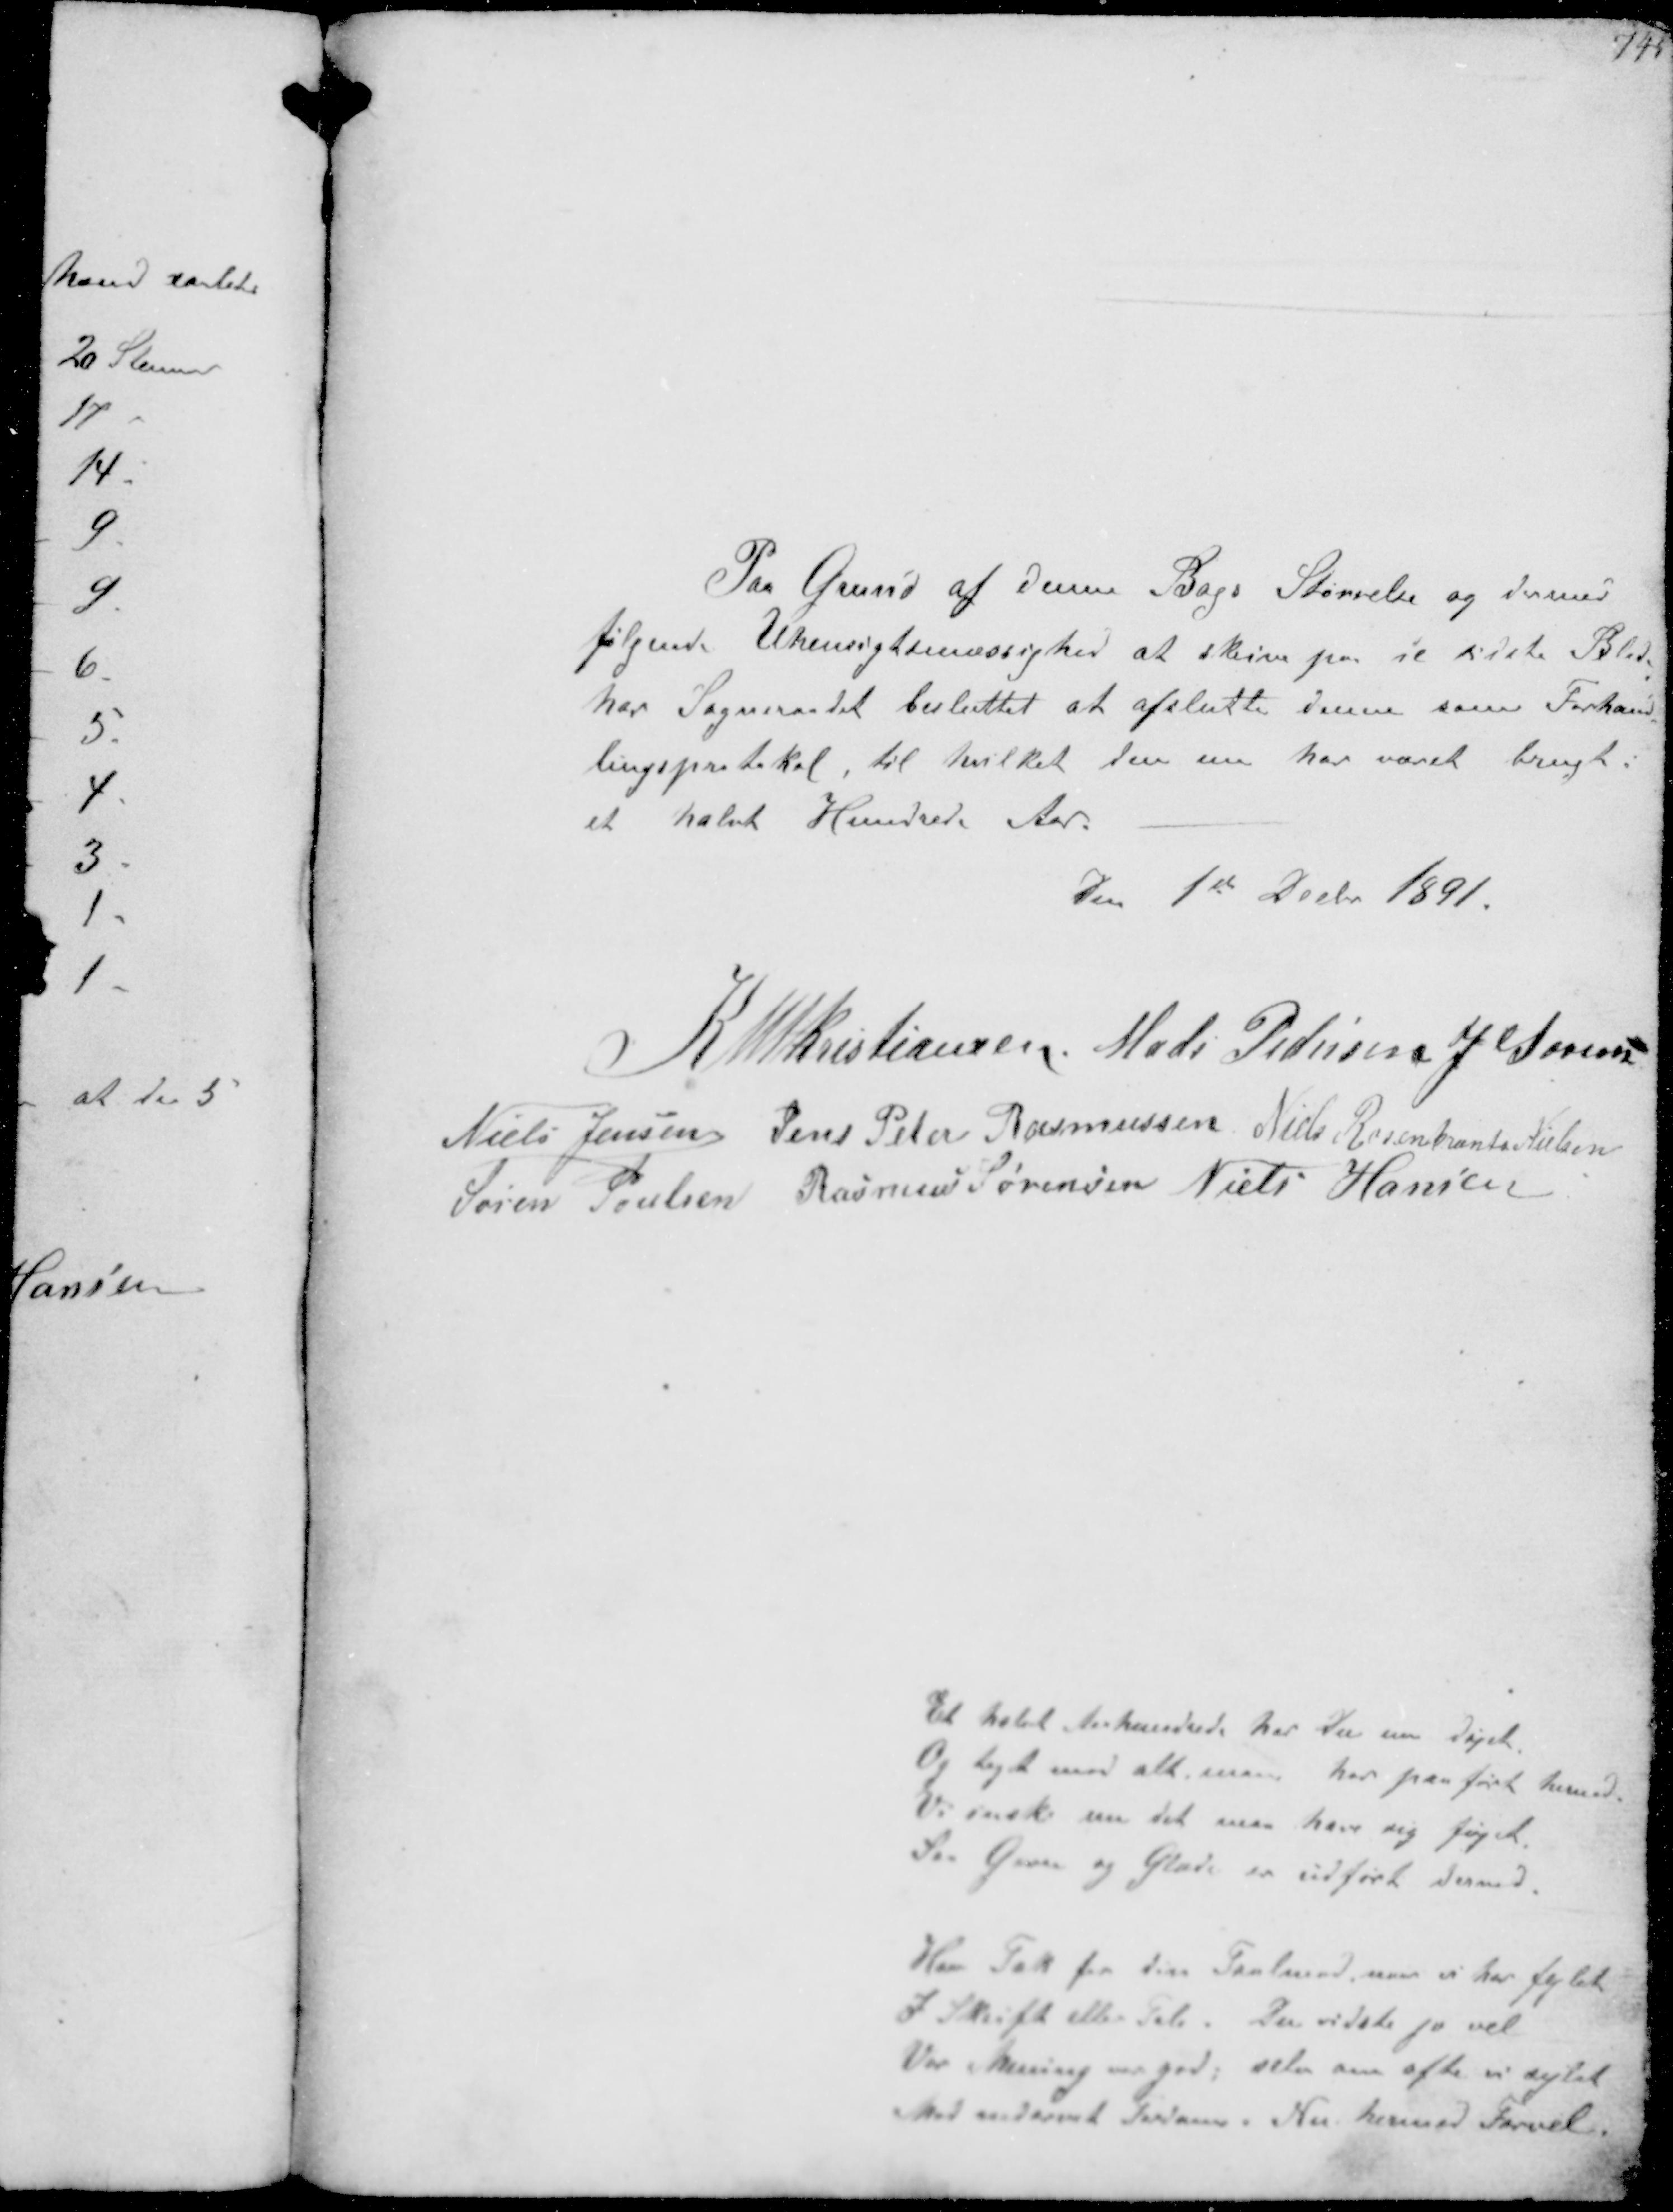
Transskription:
Paa Grund af denne Bogs Størrelse og dermed
følgende Uhensigtsmæssighed at skrive paa de sidste Blade
har Sogneraadet besluttet at afslutte denne som Forhand-
lingsprotskol til hvilket den nu har været brugt i
et halvt Hundrede Aar.

den 1st Decbr 1891

K N M Kristiansen Mads Pedersen J Sørensen
Niels Jensen Jens Peter Rasmussen Niels Rosenkrands Nielsen
Søren Poulsen Rasmus Sørensen Niels Hansen

Et halvt Aarhundrede har du nu døjet
Og taget mod alt, man har paaført hermed
Vi ønsker nu det maa have sig føjet
Saa Gavn og Glæde er udført dermed
Hav Tak for din Taalmod, naar vi har fejlet
I Skrift eller Tale. Du vidste jo vel
Vor Mening var god, selv om ofte vi agtet
Med nedarvet Tendens. Nu hermed Farvel